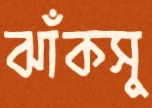
ঝাঁকসু